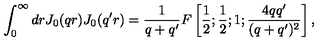
\int _ { 0 } ^ { \infty } d r J _ { 0 } ( q r ) J _ { 0 } ( q ^ { \prime } r ) = \frac 1 { q + q ^ { \prime } } F \left[ \frac 1 { 2 } ; \frac 1 { 2 } ; 1 ; \frac { 4 q q ^ { \prime } } { ( q + q ^ { \prime } ) ^ { 2 } } \right] ,